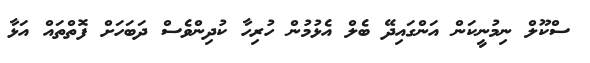
ސްކޫލް ނިމުނީކަން އަންގައިދޭ ބެލް އެޅުމުން ހުރިހާ ކުދިންވެސް ދަބަހަށް ފޮތްތައް އަޅާ